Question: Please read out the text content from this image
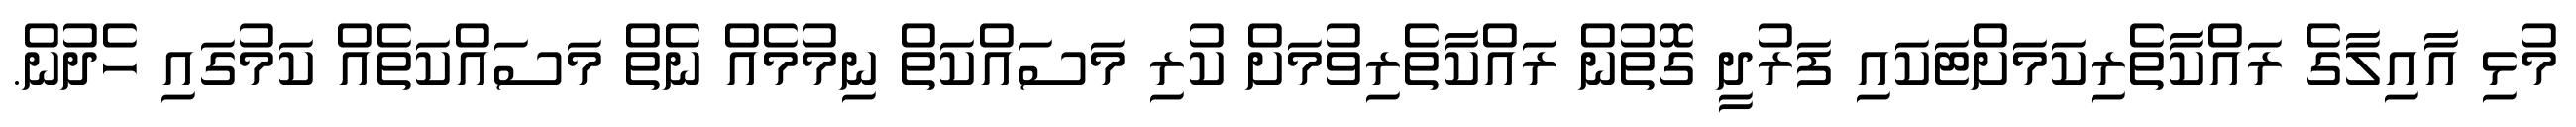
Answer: މުޅި އާއިލާގެ ރައްކާތެރިކަމަށްޓަކައި ފަރުދީ ގޮތުން ރައްކާތެރިވުމަށް ކުރި މަސައްކަތް ނިމުމެއް ނެތް މަސައްކަތެއް ކަމުގައި ހެދުން.